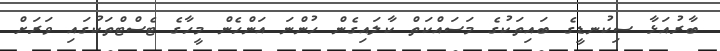
ބާރުއަޅާ ސިކުނޑީގެ ބައިތަކުގެ މަސައްކަތް ކާލައިގެން ހުންނަ އަންހެން މީހާގެ ޓެސްޓްތަކުގައި ވަރަށް